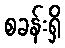
စခန်းရှိ